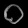
Digit: ၀